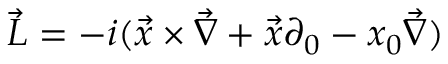
\vec { L } = - i ( \vec { x } \times \vec { \nabla } + \vec { x } \partial _ { 0 } - x _ { 0 } \vec { \nabla } )